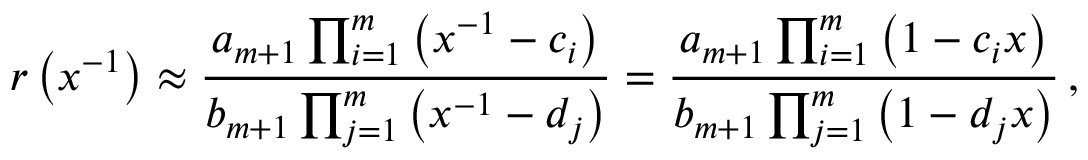
r \left( x ^ { - 1 } \right) \approx \frac { a _ { m + 1 } \prod _ { i = 1 } ^ { m } \left( x ^ { - 1 } - c _ { i } \right) } { b _ { m + 1 } \prod _ { j = 1 } ^ { m } \left( x ^ { - 1 } - d _ { j } \right) } = \frac { a _ { m + 1 } \prod _ { i = 1 } ^ { m } \left( 1 - c _ { i } x \right) } { b _ { m + 1 } \prod _ { j = 1 } ^ { m } \left( 1 - d _ { j } x \right) } \, ,